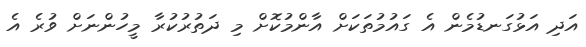
އަދި އަޅުގަނޑުމެން އެ ގައުމުތަކަށް އާންމުކޮށް މި ދަތުރުކުރާ މީހުންނަށް ވުރެ އެ